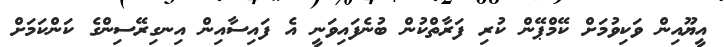
އީޔޫއިން ވަކިވުމަށް ކޭމްޕޭން ކުރި ފަރާތްކުން ބުނެފައިވަނީ އެ ފައިސާއިން އިނގިރޭސިންގެ ކަންކަމަށް